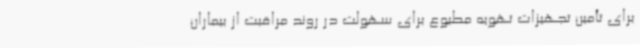
برای تأمین تجهیزات تهویه مطبوع برای سهولت در روند مراقبت از بیماران